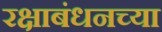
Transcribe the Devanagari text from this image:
रक्षाबंधनच्या